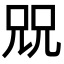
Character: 㒭